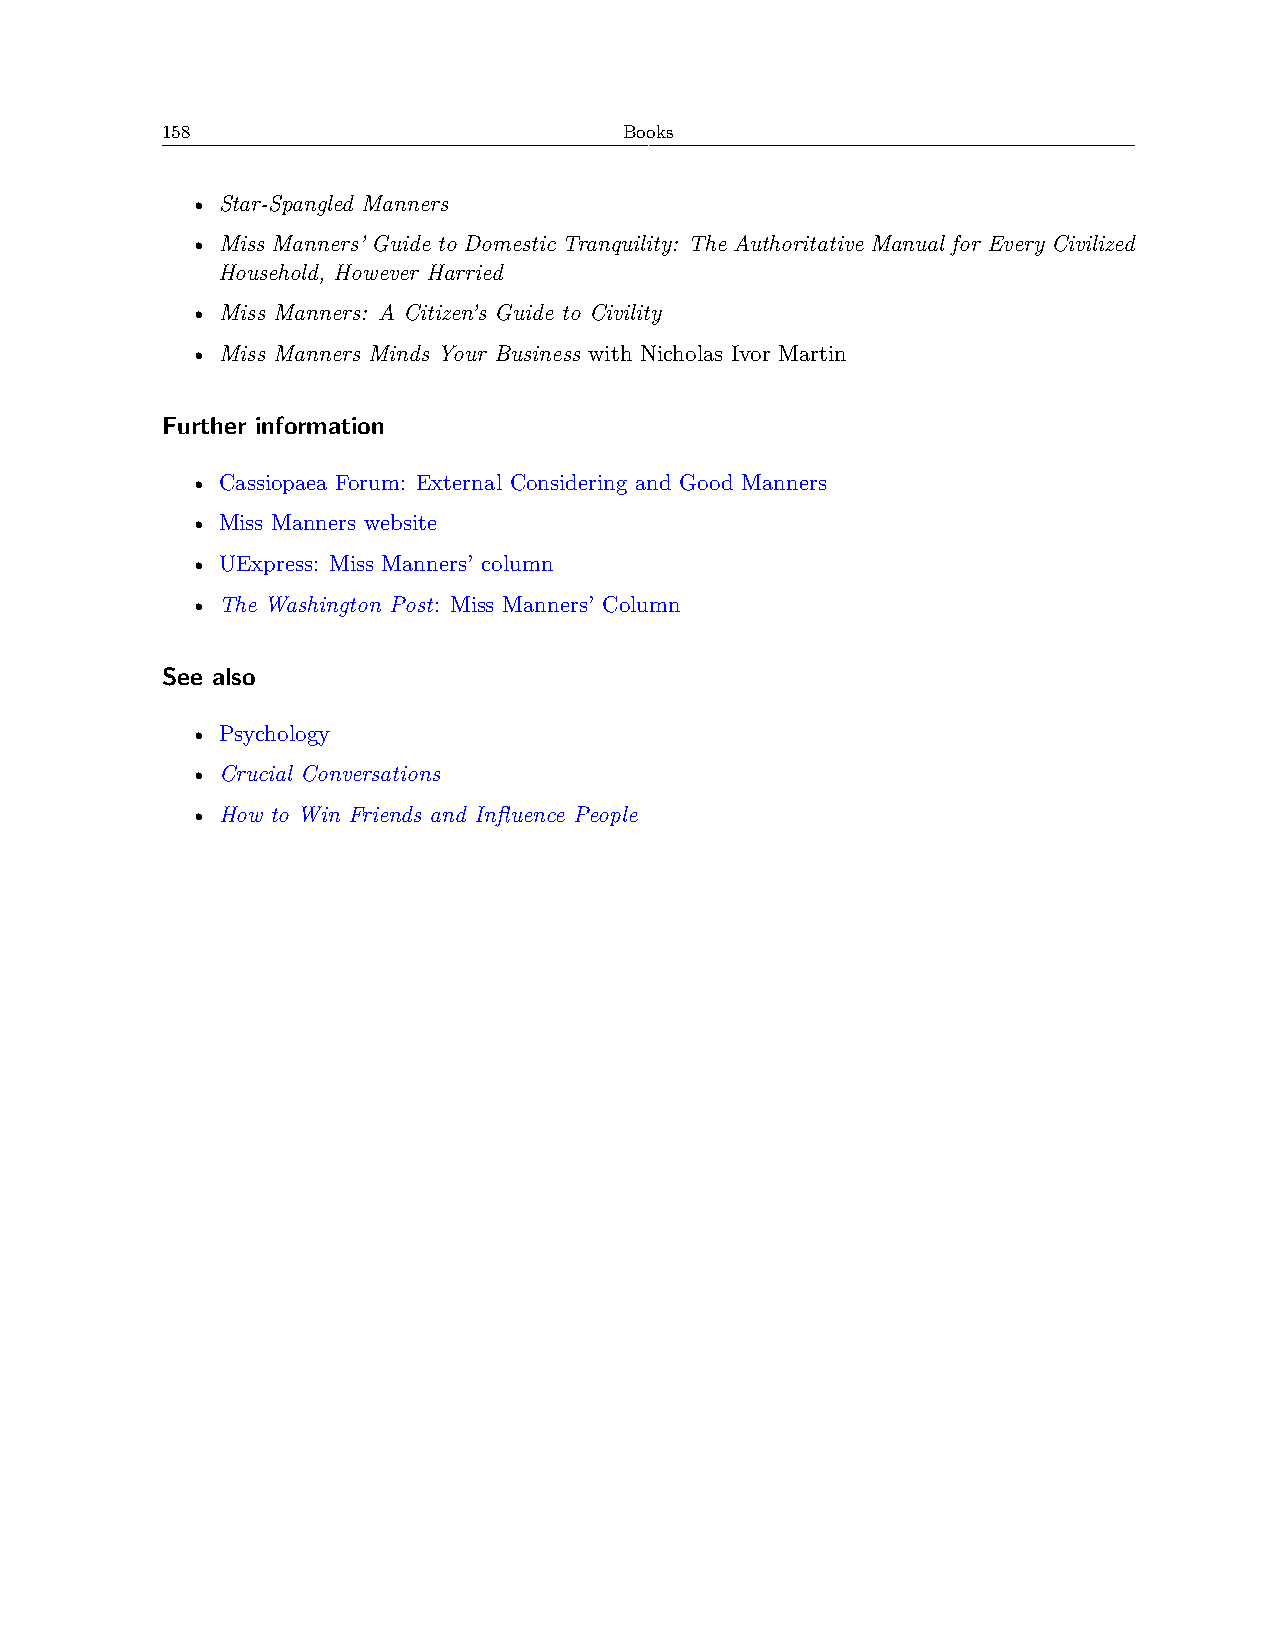
158                           Books
 • Star-Spangled Manners
 • Miss Manners’ Guide to Domestic Tranquility: The Authoritative Manual for Every Civilized
 Household, However Harried
 • Miss Manners: A Citizen’s Guide to Civility
 • Miss Manners Minds Your Business with Nicholas Ivor Martin
 Further information
 • Cassiopaea Forum: External Considering and Good Manners
 • Miss Manners website
 • UExpress: Miss Manners’ column
 • The Washington Post: Miss Manners’ Column
 See also
 • Psychology
 • Crucial Conversations
 • How to Win Friends and Influence People